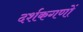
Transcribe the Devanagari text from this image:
दर्शकगणों